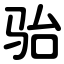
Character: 骀